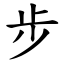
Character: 步